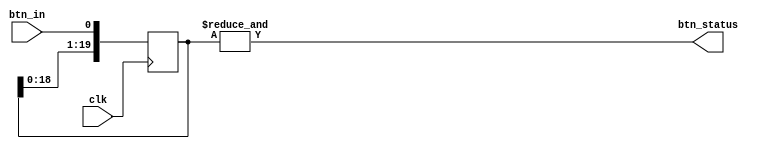
`timescale 1ns / 1ps
//////////////////////////////////////////////////////////////////////////////////
// Company: 
// Engineer: 
// 
// Design Name: 
// Module Name: btn_debounce
// Project Name: 
// Target Devices: 
// Tool Versions: 
// Description: 
// 
// Dependencies: 
// 
// Revision:
// Revision 0.01 - File Created
// Additional Comments:
// 
//////////////////////////////////////////////////////////////////////////////////


module btn_debounce(
    input clk,              //Clock signal
    input btn_in,           //Input signal from button press
    output wire btn_status  //Output of debounced button
    );
    reg [19:0] btn_shift;   //Shift register for button
        
    always @ (posedge clk)
        btn_shift <= {btn_shift[18:0], btn_in}; //Shift register takes in concatenation of 0s and
                                                //button input, shifting left by 1 bit every clock cycle
    assign btn_status = &btn_shift;             //Output is only high when all 20 bits are high
    
endmodule